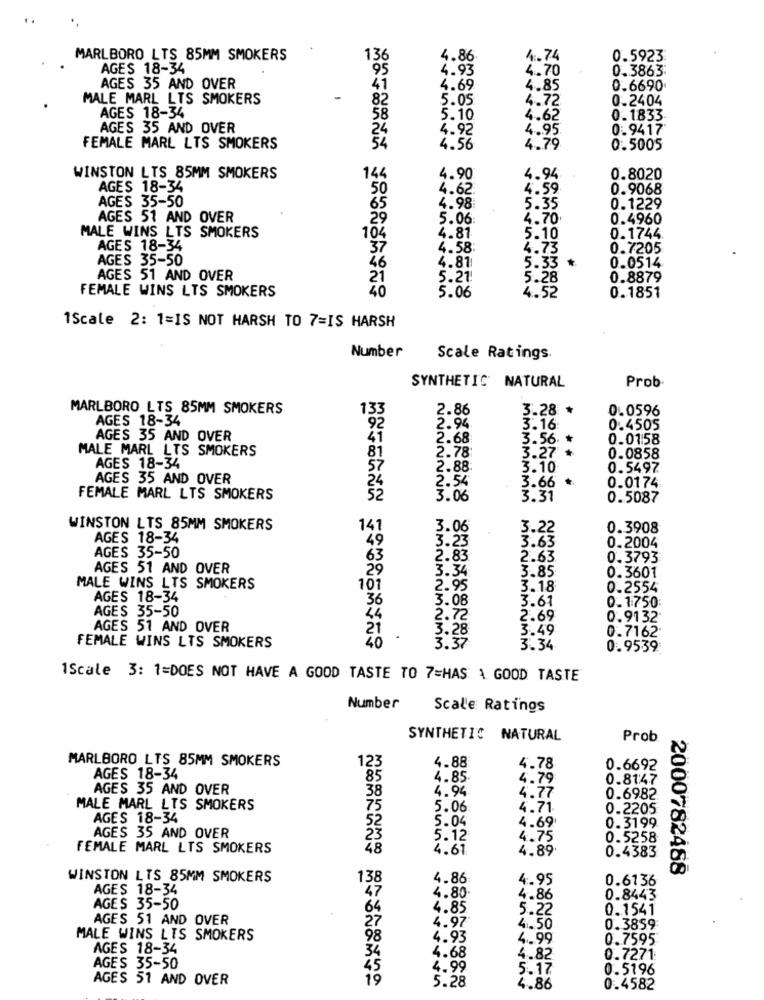
MARLBORO LTS 85MM SMOKERS
136
4.86
4.74
0.5923
AGES 18-34
195
4.93
4.70
0.3863
AGES 35 AND OVER
41
4.69
4.85
0.6690.
MALE MARL LTS SMOKERS
82
5.05
4.72
0.2404
AGES 18-34
58
5.10
4.62
0.1833
AGES 35 AND OVER
24
4.92
4.95
0.9417
FEMALE MARL LTS SMOKERS
54
4.56
4.79
0.5005
WINSTON LTS 85MM SMOKERS
144
4.90
4.94.
0.8020
AGES 18-34
4.62
4.59
0.9068
AGES 35-50
65
4.98
5.35
0.1229
AGES 51 AND OVER
5.06:
4.70
0.4960
MALE WINS LTS SMOKERS
104
4.81
5.10
0.1744.
AGES 18-34
37
4.58
4.73
0.7205
AGES 35-50
4.87
0.0514
5.33 *
AGES 51 AND OVER
21
5.21!
5.28
0.8879
FEMALE WINS LTS SMOKERS
40
4.52
5.06
0.1851
1Scale 2: 1=IS NOT HARSH TO 7=IS HARSH
Number
Scale Ratings.
SYNTHETIC NATURAL
Prob
MARLBORO LTS 85MM SMOKERS
2.86
3.28 *
0.0596
AGES 18-34
133
92
2.94
3.16:
0.4505
AGES 35 AND OVER
41
2.68
3.56.
0.01:58
MALE MARL LTS SMOKERS
2.78
3.27 *
AGES 18-34
81
0.0858
57
2.88
3.10
0.5497
AGES 35 AND OVER
2.54
24
3.66
0.0174
FEMALE MARL LTS SMOKERS
52
3.06
3.31
MMMMM
0.5087
WINSTON LTS 85MM SMOKERS
141
3.06
3.22
0.3908
AGES 18-34
49
3.23
3.63
AGES 35-50
0.2004
63
2.83
2.63
0.3793
AGES 51 AND OVER
29
3.34
3.85
0.3601
MALE WINS LTS SMOKERS
101
2.95
3.18
0.2554
AGES 18-34
36
3.08
0.1750:
AGES 35-50
3.61
54
2.72
2.69
0.9132
AGES 51 AND OVER
3.28
3.49
0.7162.
40
3.37
FEMALE WINS LTS SMOKERS
3.34
UMMMMMM
0.9539
1Scale 3: 1=DOES NOT HAVE A GOOD TASTE TO 7=HAS A GOOD TASTE
Number
Scale Ratings
SYNTHETIC NATURAL
Prob
MARLBORO LTS 85MM SMOKERS
123
4.88
4.78
0.6692
AGES 18-34
85
4.85
4.79
0.8147
AGES 35 AND OVER
38
4.94
4.77
0.6982
MALE MARL LTS SMOKERS
75
5.06
4.71
0.2205
AGES 18-34
52
5.04
0.3199
4.69'
AGES 35 AND OVER
23
5.12
4.75
0.5258
FEMALE MARL LTS SMOKERS
48
4.61
4.89
0.4383
2000782458
WINSTON LTS 85MM SMOKERS
138
4.86
4.95
0.6136
AGES 18-34
47
4.80
4.86
0.8443
AGES 35-50
64
4.85
5.22
0.1541
AGES 51 AND OVER
27
4.97
4.50
0.3859
MALE WINS LIS SMOKERS
98
4.93
4.99
0.7595
AGES 18-34
34
4.68
4.82
0.7271
AGES 35-50
45
4.99
5.17
0.5196
AGES 51 AND OVER
19
5.28
4.86
0.4582